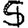
Digit: 5